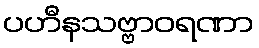
ပဟီနသဗ္ဗာဝရဏာ